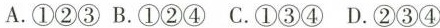
A.①②③B.①②④C.①③④D.②③④